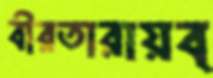
বীরতারায়ব্